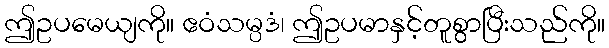
ဤဥပမေယျကို။ ဧဝံသမ္ပဒံ၊ ဤဥပမာနှင့်တူစွာပြီးသည်ကို။